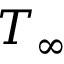
T _ { \infty }